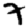
Digit: 7